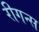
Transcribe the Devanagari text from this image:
रीगन्स